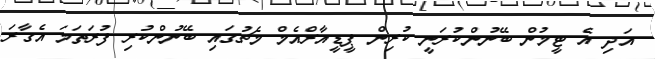
އަދި އެ ޓީމުން ބޭނުންކުރަނީ ކުރިން ޕީޑީއާރްއެމް މެޗުގައި ބޭނުންކުރި ފުރަތަމަ އެގާރަ